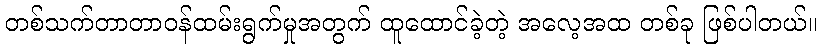
တစ်သက်တာတာဝန်ထမ်းရွက်မှုအတွက် ထူထောင်ခဲ့တဲ့ အလေ့အထ တစ်ခု ဖြစ်ပါတယ်။